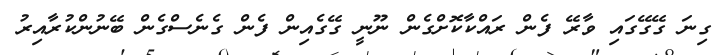
ގިނަ ގޭގޭގައި ވާރޭ ފެން ރައްކާކޮށްގެން ނޫނީ ގޭގެއިން ފެން ގެނެސްގެން ބޭނުންކުރާއިރު